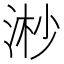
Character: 𣶲